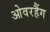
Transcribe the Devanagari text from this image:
ओवरहैंग